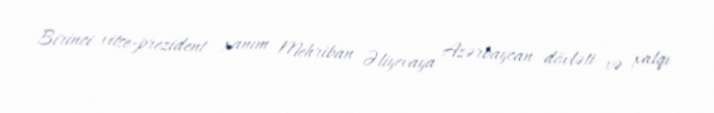
Birinci vitse-prezident xanım Mehriban Əliyevaya Azərbaycan dövləti və xalqı